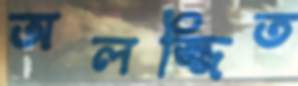
অলজ্জিত